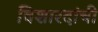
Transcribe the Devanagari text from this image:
विशारदांची